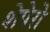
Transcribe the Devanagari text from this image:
शेपेरो